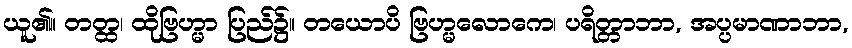
ယူ၏။ တတ္ထ၊ ထိုဗြဟ္မာ ပြည်၌။ တယောပိ ဗြဟ္မလောကေ၊ ပရိတ္တာဘာ, အပ္ပမာဏာဘာ,